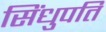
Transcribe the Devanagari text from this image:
सिंधुपति